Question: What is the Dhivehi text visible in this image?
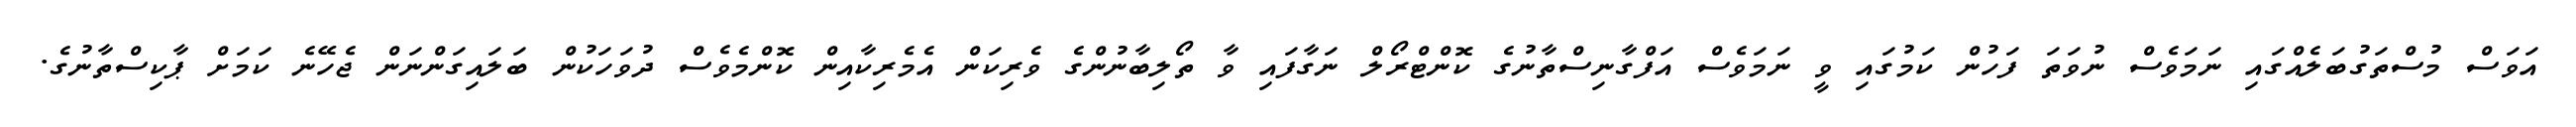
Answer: އަވަސް މުސްތަގުބަލެއްގައި ނަމަވެސް ނުވަތަ ފަހުން ކަމުގައި ވީ ނަމަވެސް އަފްގާނިސްތާނުގެ ކޮންޓްރޯލް ނަގާފައި ވާ ތޯލިބާނުންގެ ވެރިކަން އެމެރިކާއިން ކޮންމެވެސް ދުވަހަކުން ބަލައިގަންނަން ޖެހޭނެ ކަމަށް ޕާކިސްތާނުގެ.